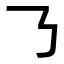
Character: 𠄎